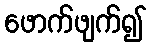
ဖောက်ဖျက်၍